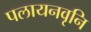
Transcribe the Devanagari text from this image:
पलायनवृनि